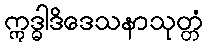
ဣဒ္ဓါဒိဒေသနာသုတ္တံ